Leaving Certificate Examination (including Day School Certificate (Higher) General paper), 1937
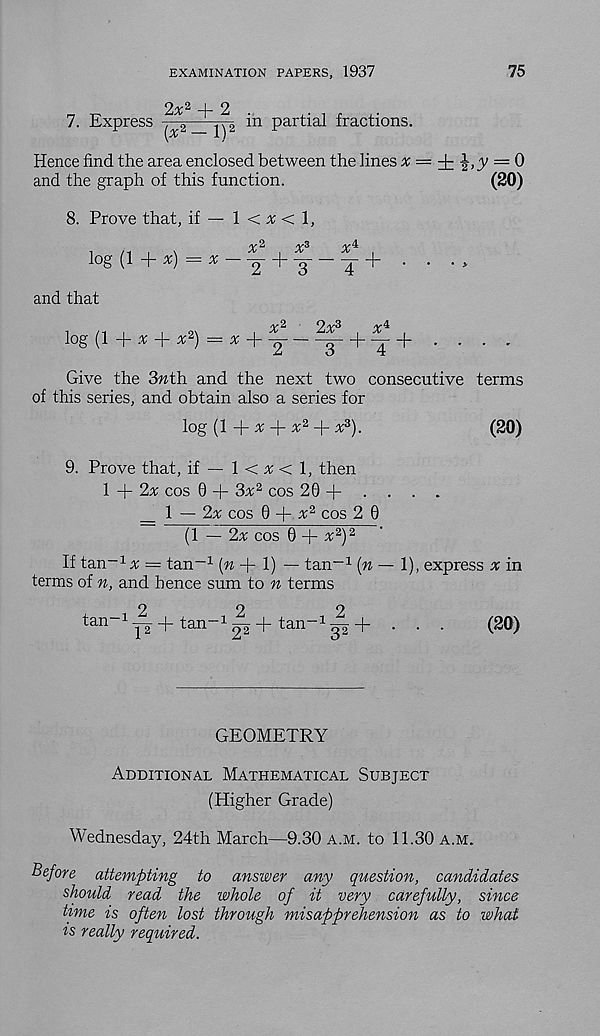
EXAMINATION PAPERS, 1937
75
7. Express
2x 2 + 2
{x 2 — l) 2 in partial fractions.
Hence find the area enclosed between the lines x = ± ^,y = 0
and the graph of this function.
(20)
8. Prove that, if — 1 < x < 1,
/y 2
-y-3
/y 4
log
-\r x) — x
2 ^
~A ^ ' ' ' *
and that
/y 2
O /y 3
-y 4
log (1 + v + * 2 ) = * + Y
3" + "4 + • ' • '
Give the 3nth and the next two consecutive terms
of this series, and obtain also a series for
log (1 + ^ + ^2 + a; 3 ).
(20)
9. Prove that, if — 1 < ^ < 1, then
\
2x cos 0 + 3* 2 cos 20 + . . . .
_ 1 — 2^ cos 0 +
cos 2 0
(1 — 2x cos 0 + x 2 ) 2
If tan- 1 a; = tan -1 (» + 1) — tan- 1 (n — 1), express x in
terms of n, and hence sum to n terms
tan-1^ + tan~1 <p+ tan-1 p+ • • •
( so )
GEOMETRY
Additional Mathematical Subject
(Higher Grade)
Wednesday, 24th March—9.30 a.m. to 11.30 a.m.
Before attempting to answer any question, candidates
should read the whole of it very carefully, since
time is often lost through misapprehension as to what
is really required.